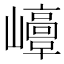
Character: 𡾘